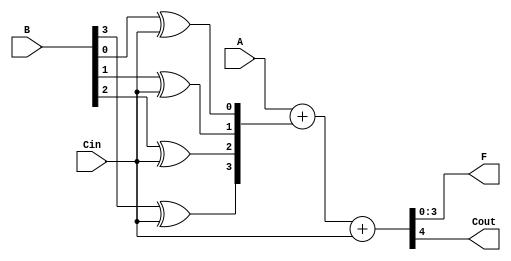
module Add_Sub(A,B,Cin,F,Cout);
input[3:0]A,B;
input Cin;
output [3:0]F;
output Cout;
wire[3:0] Bnew;
assign Bnew[0]=B[0]^Cin;
assign Bnew[1]=B[1]^Cin;
assign Bnew[2]=B[2]^Cin;
assign Bnew[3]=B[3]^Cin;

assign {Cout,F}=A+Bnew+Cin;
endmodule